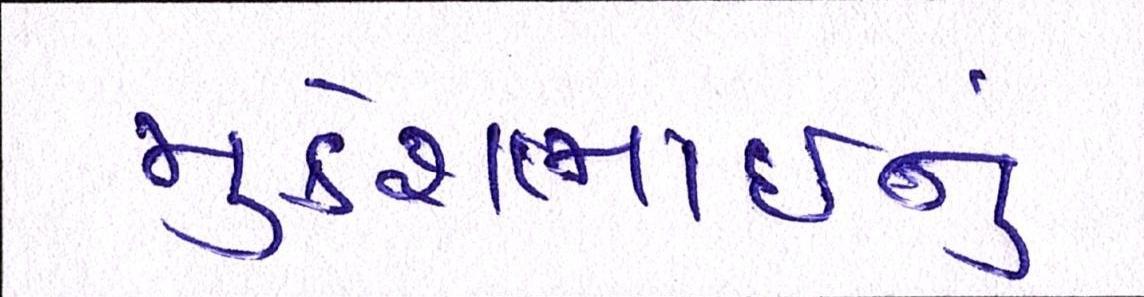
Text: મુકેશભાઈનું